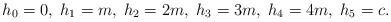
LaTeX: \begin{align*}h_0 = 0,\; h_1 = m,\; h_2 = 2m,\; h_3 = 3m,\; h_4 = 4m,\; h_5=c.\end{align*}